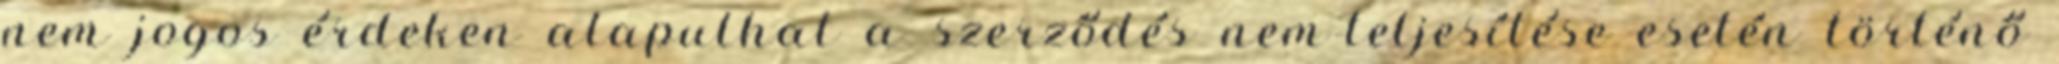
nem jogos érdeken alapulhat a szerződés nem-teljesítése esetén történő